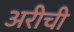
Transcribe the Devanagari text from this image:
अरीची